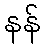
နန်